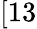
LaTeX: [13